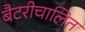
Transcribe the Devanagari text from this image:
बैटरीचालित